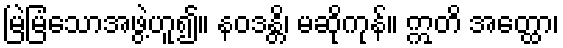
မြဲမြံသောအဖွဲ့ဟူ၍။ နဝဒန္တိ၊ မဆိုကုန်။ ဣတိ အတ္ထော၊